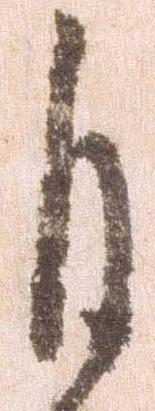
自